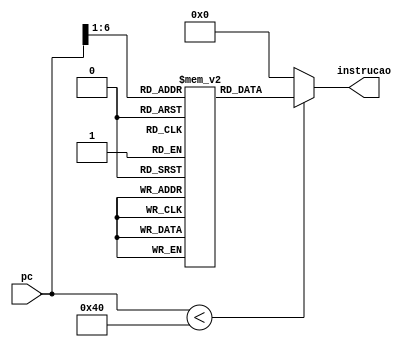
module memoria_instrucao (
    input [15:0] pc,
    output [15:0] instrucao
);
    /* Memoria de instrucao que busca testar todas as instrucoes de processador */
    /* Instrucoes criam um loop, todas as 19 instrucoes sao executadas */
    /* Nao contem instrucoes do tipo xor ($1 = $2 ^ $3), sll ($1 = $2 << $3) e srl ($1 = $2 >> $3), pois foram acrescentadas depois */

    wire [14:0] endereco = pc[15:1]; /* Por ser estilo Byte aligned ultimo byte e desconsiderado */
    reg [15:0] rom [63:0];  /* 64 espaos de memoria */
    integer i;

    initial begin  
        rom[0] = 16'b0110000010000000;  /* lw $1, 0($0)     | $1 = 0*/
        rom[1] = 16'b0110000100000000;  /* lw $2, 0($0)     | $2 = 0*/
        rom[2] = 16'b0010000010010100;  /* addi $1, $0, 20  | $1 = 20 */
        rom[3] = 16'b0010010100001111;  /* addi $2, $1, 15  | $2 = 35 */
        rom[4] = 16'b0000010100110100;  /* slt $3, $1, $2   | $3 = 1 */
        rom[5] = 16'b0100101000011110;  /* slti $4, $2, 30  | $4 = 0 */
        rom[6] = 16'b0000111001010010;  /* and $5, $3, $4   | $5 = 0 */
        rom[7] = 16'b0000111001100011;  /* or $6, $3, $4    | $6 = 1 */
        rom[8] = 16'b1010111100000100;  /* beq $3, $6, 4    | avanca 4 enderecos se $3 == $6 */
        rom[9] = 16'b0000100010110001;  /* sub $3, $2, $1   | $3 = 15 */
        rom[10] = 16'b1000000110000010; /* sw $3, 2($0)     | mem[2] = 15 */
        rom[11] = 16'b0001110000001000; /* jr $7            | goto rom[15] */
        rom[12] = 16'b0000010101000010; /* and $4, $1, $2   | $4 = 0 */
        rom[13] = 16'b0000010101010011; /* or $5, $1, $2    | $5 = 55 */
        rom[14] = 16'b1110000000001001; /* jal 9            | $7 = 15 */
        rom[15] = 16'b1000001000000100; /* sw $4, 4($0)     | mem[4] = 0 */
        rom[16] = 16'b1000001010000110; /* sw $5, 6($0)     | mem[6] = 55 */
        rom[17] = 16'b0001001011100000; /* add $6, $4, $5   | $6 = 55 */
        rom[18] = 16'b1100000000000000; /* jump 0           | goto 0 */
        for (i=19; i<64; i=i+1)
            rom[i] = 16'b0;

    end  
    
    /* So devolve uma instrucao se o endereco estiver dentro do tamanho da memoria */
    assign instrucao = (pc[15:0] < 64 )? rom[endereco]: 16'd0;

endmodule